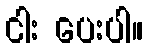
ငါး ပေးပါ။